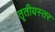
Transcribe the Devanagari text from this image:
तृतीयस्तर